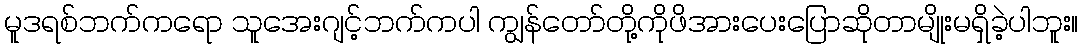
မူဒရစ်ဘက်ကရော သူအေးဂျင့်ဘက်ကပါ ကျွန်တော်တို့ကိုဖိအားပေးပြောဆိုတာမျိုးမရှိခဲ့ပါဘူး။